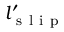
l _ { \mathrm { ~ s ~ l ~ i ~ p ~ } } ^ { \prime }